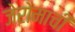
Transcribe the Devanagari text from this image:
जेरोमाची